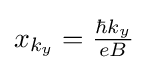
{\textstyle x_{k_{y}}={\frac {\hbar k_{y}}{eB}}}